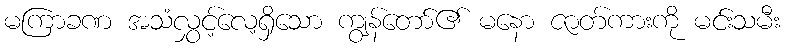
မကြာခဏ အသံလွှင့်လေ့ရှိသော ကျွန်တော်၏ မနော ဇာတ်ကားကို မင်းသမီး